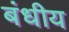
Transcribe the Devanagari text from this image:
बंधीय